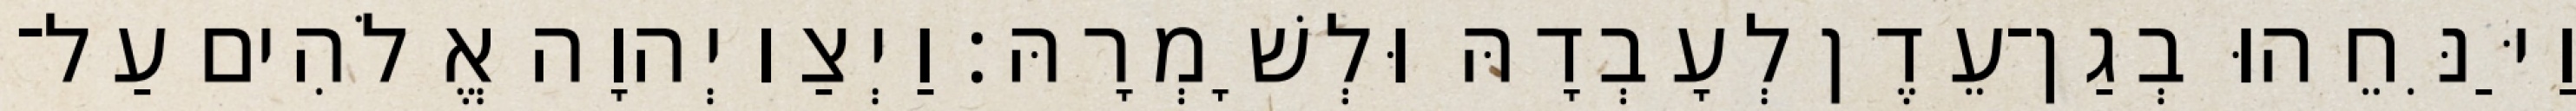
וַיַּנִּחֵהוּ בְגַן־עֵדֶן לְעָבְדָהּ וּלְשָׁמְרָהּ׃ וַיְצַו יְהוָה אֱלֹהִים עַל־